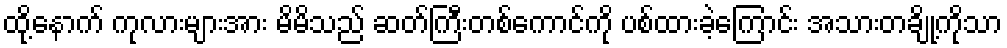
ထို့နောက် ကုလားများအား မိမိသည် ဆတ်ကြီးတစ်ကောင်ကို ပစ်ထားခဲ့ကြောင်း အသားတချို့ကိုသာ